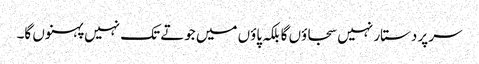
سر پر دستار نہیں سجاؤں گا بلکہ پاؤں میں جوتے تک نہیں پہنوں گا۔